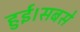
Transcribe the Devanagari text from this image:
हुई।सबसे